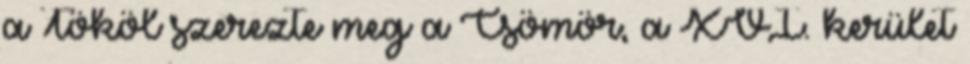
a Tököl szerezte meg a Csömör, a XVI. kerület